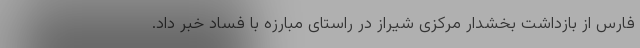
فارس از بازداشت بخشدار مرکزی شیراز در راستای مبارزه با فساد خبر داد.